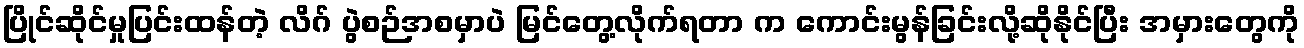
ပြိုင်ဆိုင်မှုပြင်းထန်တဲ့ လိဂ် ပွဲစဉ်အစမှာပဲ မြင်တွေ့လိုက်ရတာ က ကောင်းမွန်ခြင်းလို့ဆိုနိုင်ပြီး အမှားတွေကို